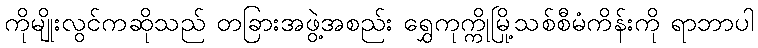
ကိုမျိုးလွင်ကဆိုသည် တခြားအဖွဲ့အစည်း ရွှေကုက္ကိုမြို့သစ်စီမံကိန်းကို ရာဘာပါ